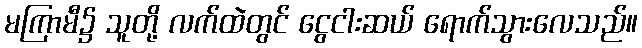
မကြာမီ၌ သူတို့ လက်ထဲတွင် ငွေငါးဆယ် ရောက်သွားလေသည်။